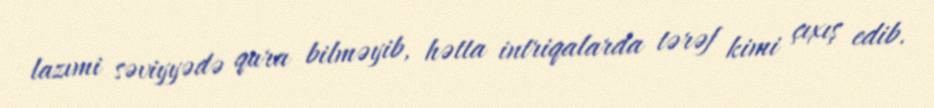
lazımi səviyyədə qura bilməyib, hətta intriqalarda tərəf kimi çıxış edib.